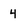
Character: 4